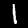
Label: 1